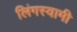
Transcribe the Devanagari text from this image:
लिंगस्वामी